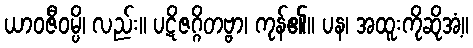
ယာဝဇီဝမ္ပိ၊ လည်း။ ပဋိဇဂ္ဂိတဗ္ဗာ၊ ကုန်၏။ ပန၊ အထူးကိုဆိုအံ့။